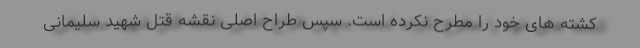
کشته های خود را مطرح نکرده است. سپس طراح اصلی نقشه قتل شهید سلیمانی